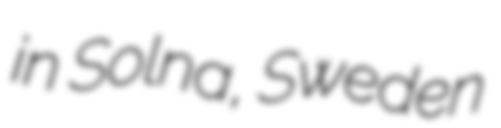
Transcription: in Solna, Sweden